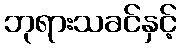
ဘုရားသခင်နှင့်